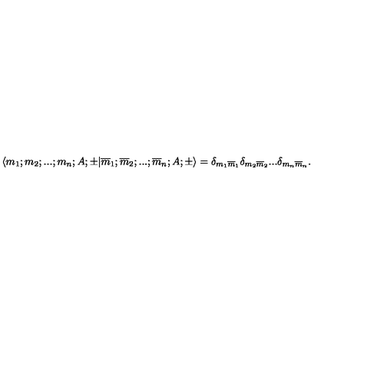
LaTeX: \langle m _ { 1 } ; m _ { 2 } ; . . . ; m _ { n } ; A ; \pm | \overline { { m } } _ { 1 } ; \overline { { m } } _ { 2 } ; . . . ; \overline { { m } } _ { n } ; A ; \pm \rangle = { \delta } _ { m _ { 1 } \overline { { m } } _ { 1 } } { \delta } _ { m _ { 2 } \overline { { m } } _ { 2 } } . . . { \delta } _ { m _ { n } \overline { { m } } _ { n } } .